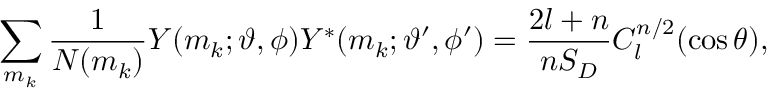
\sum _ { m _ { k } } \frac { 1 } { N ( m _ { k } ) } Y ( m _ { k } ; \vartheta , \phi ) Y ^ { * } ( m _ { k } ; \vartheta ^ { \prime } , \phi ^ { \prime } ) = \frac { 2 l + n } { n S _ { D } } C _ { l } ^ { n / 2 } ( \cos \theta ) ,